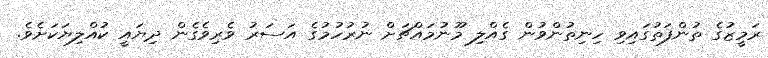
ރަމީޒުގެ ތުންފަތުގައިވި ހިނިތުންވުން ގެއްލި މޫނުމައްޗަށް ނުރުހުމުގެ އަސަރު ވެރިވެގެން ދިޔައީ ކުއްލިޔަކަށެވެ.